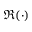
\Re ( \cdot )